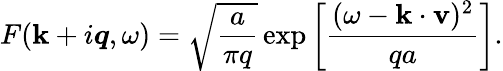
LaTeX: F({\mathbf k}+i\mathbfit{q},\omega)=\sqrt{\frac{a}{\pi q}}\exp\left[\frac{(\omega-{\mathbf k}\cdot{\mathbf v})^{2}}{qa}\right].